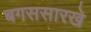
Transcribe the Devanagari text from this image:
बगससारखे